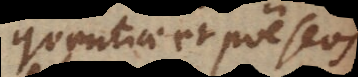
eloquentiae et poëseos